Reports on dispensaries and lunatic asylums in the Province of Oudh - 1869-1876
Year: 1869
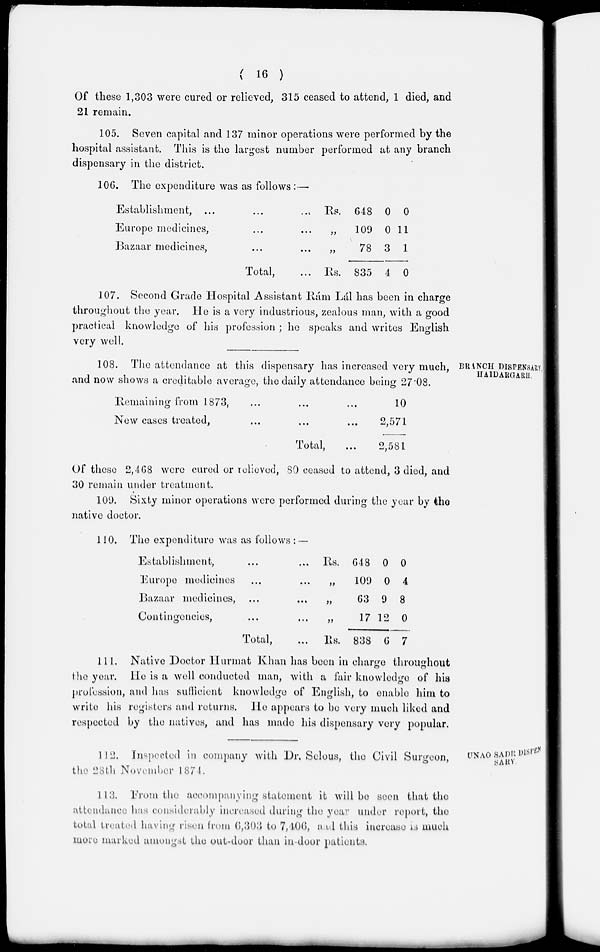
( 16 )
Of these 1,303 were cured or relieved , 315 ceased to attend, 1 died, and
21 remain.
105. Seven capital and 137 minor operations were performed by the
hospital assistant. This is the largest number performed at any branch
dispensary in the district.
106. The expenditure was as follows :—
Establishment, ... ... ...
Europe medicines, ... ...
Bazaar medicines, ... ...
Total, ...
Rs.
„
„
Rs.
648
109
78
835
0
0
3
4
0
11
1
0
107. Second Grade Hospital Assistant Rám Lál has been in charge
throughout the year. He is a very industrious, zealous man, with a good
practical knowledge of his profession ; he speaks and writes English
very well.
BRANCH DISPENSARY
HAIDARGARH.
108. The attendance at this dispensary has increased very much,
and now shows a creditable average, the daily attendance being 27.08.
Remaining from 1873, ... ...
New cases treated, ... ... ...
Total, ...
10
2,571
2,581
Of these 2,468 were cured or relieved, 80 ceased to attend, 3 died, and
30 remain under treatment.
109. Sixty minor operations were performed during the year by tho
native doctor.
110. The expenditure was as follows : —
Establishment, ... ...
Europe medicines ... ...
Bazaar medicines, ... ...
Contingencies, ... ...
Total, ...
Rs.
„
„
„
Rs.
648
109
63
17
838
0
0
9
12
6
0
4
8
0
7
111. Native Doctor Hurmat Khan has been in charge throughout
the year. He is a well conducted man, with a fair knowledge of his
profession, and has sufficient knowledge of English, to enable him to
write his registers and returns. He appears to be very much liked and
respected by the natives, and has made his dispensary very popular.
UNAO SADR DISPEN-
SARY.
112. Inspected in company with Dr. Selous, the Civil Surgeon,
the 28 th November 1874.
113. From the accompanying statement it will be seen that the
attendance has considerably increased during the year under report, the
total treated having risen from 6,303 to 7,406, and this increase is much
more marked amongst the out-door than in-door patients.